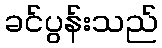
ခင်ပွန်းသည်